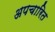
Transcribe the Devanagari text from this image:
अपचारित